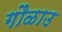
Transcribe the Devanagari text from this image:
गौळाउ